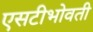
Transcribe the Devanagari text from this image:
एसटीभोवती